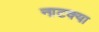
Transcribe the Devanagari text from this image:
नाटक्या